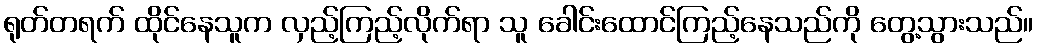
ရုတ်တရက် ထိုင်နေသူက လှည့်ကြည့်လိုက်ရာ သူ ခေါင်းထောင်ကြည့်နေသည်ကို တွေ့သွားသည်။